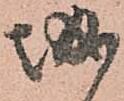
城